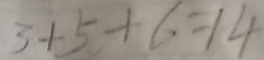
3 + 5 + 6 = 1 4